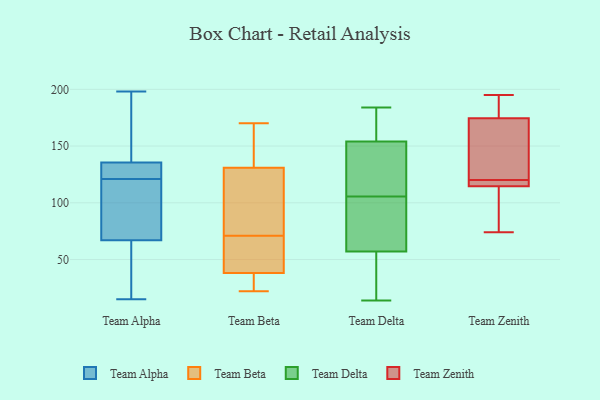
{"axis": {"x": "Humidity (%)", "y": "Value"}, "legend": ["Team Alpha", "Team Beta", "Team Delta", "Team Zenith"], "data": [{"x": "", "y": 66, "type": "Team Alpha"}, {"x": "", "y": 198, "type": "Team Alpha"}, {"x": "", "y": 125, "type": "Team Alpha"}, {"x": "", "y": 31, "type": "Team Alpha"}, {"x": "", "y": 109, "type": "Team Alpha"}, {"x": "", "y": 120, "type": "Team Alpha"}, {"x": "", "y": 133, "type": "Team Alpha"}, {"x": "", "y": 138, "type": "Team Alpha"}, {"x": "", "y": 68, "type": "Team Alpha"}, {"x": "", "y": 122, "type": "Team Alpha"}, {"x": "", "y": 141, "type": "Team Alpha"}, {"x": "", "y": 15, "type": "Team Alpha"}, {"x": "", "y": 38, "type": "Team Beta"}, {"x": "", "y": 160, "type": "Team Beta"}, {"x": "", "y": 97, "type": "Team Beta"}, {"x": "", "y": 49, "type": "Team Beta"}, {"x": "", "y": 135, "type": "Team Beta"}, {"x": "", "y": 140, "type": "Team Beta"}, {"x": "", "y": 23, "type": "Team Beta"}, {"x": "", "y": 170, "type": "Team Beta"}, {"x": "", "y": 26, "type": "Team Beta"}, {"x": "", "y": 22, "type": "Team Beta"}, {"x": "", "y": 71, "type": "Team Beta"}, {"x": "", "y": 122, "type": "Team Beta"}, {"x": "", "y": 30, "type": "Team Beta"}, {"x": "", "y": 59, "type": "Team Beta"}, {"x": "", "y": 74, "type": "Team Beta"}, {"x": "", "y": 39, "type": "Team Beta"}, {"x": "", "y": 119, "type": "Team Beta"}, {"x": "", "y": 134, "type": "Team Beta"}, {"x": "", "y": 70, "type": "Team Beta"}, {"x": "", "y": 154, "type": "Team Delta"}, {"x": "", "y": 111, "type": "Team Delta"}, {"x": "", "y": 100, "type": "Team Delta"}, {"x": "", "y": 142, "type": "Team Delta"}, {"x": "", "y": 14, "type": "Team Delta"}, {"x": "", "y": 154, "type": "Team Delta"}, {"x": "", "y": 48, "type": "Team Delta"}, {"x": "", "y": 79, "type": "Team Delta"}, {"x": "", "y": 169, "type": "Team Delta"}, {"x": "", "y": 184, "type": "Team Delta"}, {"x": "", "y": 66, "type": "Team Delta"}, {"x": "", "y": 30, "type": "Team Delta"}, {"x": "", "y": 119, "type": "Team Zenith"}, {"x": "", "y": 121, "type": "Team Zenith"}, {"x": "", "y": 187, "type": "Team Zenith"}, {"x": "", "y": 115, "type": "Team Zenith"}, {"x": "", "y": 114, "type": "Team Zenith"}, {"x": "", "y": 176, "type": "Team Zenith"}, {"x": "", "y": 74, "type": "Team Zenith"}, {"x": "", "y": 116, "type": "Team Zenith"}, {"x": "", "y": 195, "type": "Team Zenith"}, {"x": "", "y": 173, "type": "Team Zenith"}, {"x": "", "y": 173, "type": "Team Zenith"}, {"x": "", "y": 78, "type": "Team Zenith"}]}